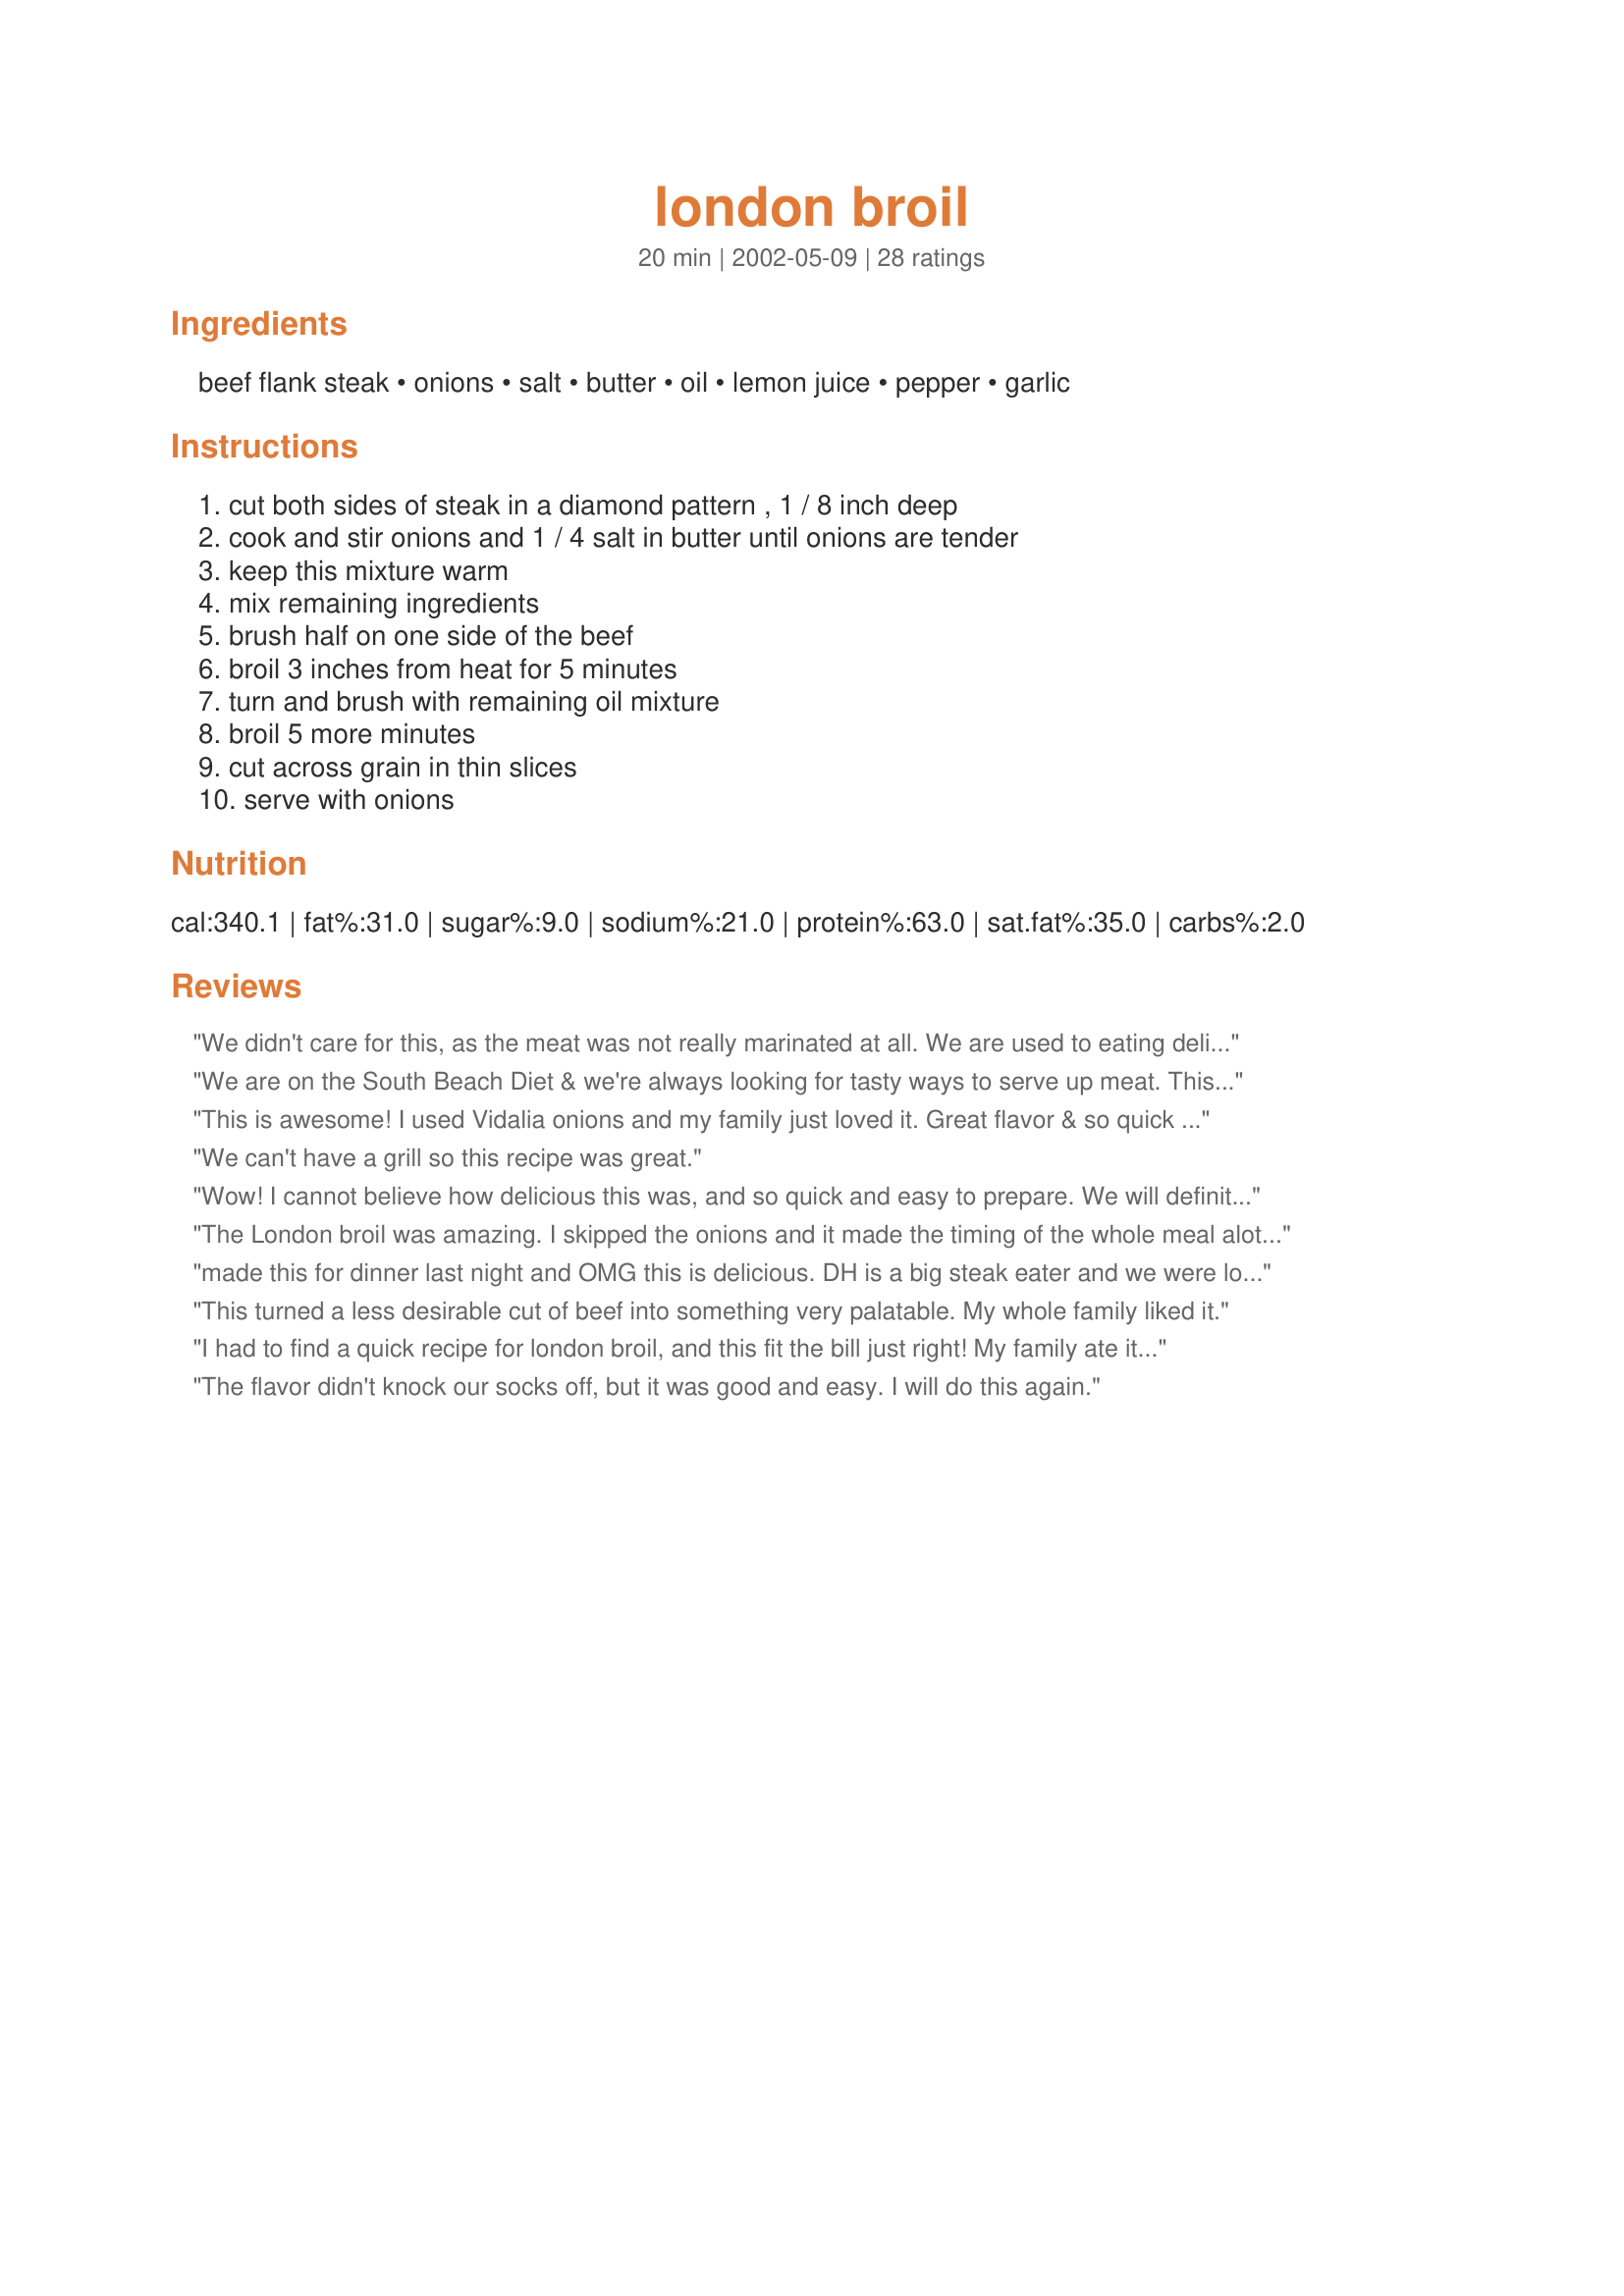
london broil
Preparation time: 20 minutes

Ingredients:
beef flank steak, onions, salt, butter, oil, lemon juice, pepper, garlic

Steps:
cut both sides of steak in a diamond pattern , 1 / 8 inch deep, cook and stir onions and 1 / 4 salt in butter until onions are tender, keep this mixture warm, mix remaining ingredients, brush half on one side of the beef, broil 3 inches from heat for 5 minutes, turn and brush with remaining oil mixture, broil 5 more minutes, cut across grain in thin slices, serve with onions

Reviews:
We didn't care for this, as the meat was not really marinated at all. We are used to eating delicious, well marinated meats. The addition of onions on top was okay, but overall it left us dissatisfied.
We are on the South Beach Diet & we're always looking for tasty ways to serve up meat. This was great! Besides being so yummy, it was quick and easy. How cool is that?
This is awesome! I used Vidalia onions and my family just loved it. Great flavor & so quick and easy to prepare without having to marinate.
We can't have a grill so this recipe was great.
Wow! I cannot believe how delicious this was, and so quick and easy to prepare. We will definitely be having this many many times! My husband was very flattered that I made such a "fancy" thing for his birthday meal. Love the fact that it does not have a long marinating time like lots of other flank steak recipes. You rock, MizzNez!
The London broil was amazing. I skipped the onions and it made the timing of the whole meal alot easier.
Wonderful!!
made this for dinner last night and OMG this is delicious. DH is a big steak eater and we were looking for a different yet easy way to make it as the grill is not an option now (there's 2 ft. of snow in the backyard) This was quick easy, and awsome. Thanks!!
This turned a less desirable cut of beef into something very palatable. My whole family liked it.
I had to find a quick recipe for london broil, and this fit the bill just right! My family ate it right up,it came out so tender. My husband begged me to save some for his lunch the next day! Thanks for a yummy way to fix london broil!!!
The flavor didn't knock our socks off, but it was good and easy. I will do this again.
Hubby loved the sauteed onions on this steak. The recipe is simple and uses standard ingredients. We broiled our steak, but believe that the flavor would have been better on the grill. This is a good method for a lower cut of beef.
This was so simple and good!! It's definitely going to be put in my "regular" rotation of meals! It's great to find something new that doesn't require a lot of special ingredients. My whole family loved it. Thanks!
Oh my gosh, this was so easy and great tasting! My picky, non-meat eater DH even liked it and said it should be part of the regular rotation! I followed it pretty much to a t except I cut the fat off first and I used "Smart Balance" instead of butter. Absolutely deeelish!
This was good but would like a bit more marinate flavor... next time I will try a balsamic vinegar ILO Lemon Juice. It was very good as written though. Very quick and easy and was able to make it with on hand ingredients. LOVED the onions! Thanks for posting!
I figured w/ 18 reviews this was worth trying. I was not disappointed. I needed a fast, last minute recipe and this delivered more than I could hope for. The recipe is super easy and the taste is great. I sauteed some muchrooms and served this w/ a nice brown gravy. It was a crowd pleaser. I liked it so much I then tried the same recipe on my tri-tip a few nights later! Even better!! The tri-tip came out so tender and moist. I'll continue to use this recipe but prefer the tri-tip to the less tender London Broil. Thanks so much for sharing!!
My DH was in charge of this meal. He actually cooked a 1 3/4lb cut of meat, and did not double up the recipe, as he should have. (I didn't have the heart to tell him though!) But it still was delicious. We love London Broil and I am always looking for new marinades for this meat. And this one is a keeper! Thanks again, Inez!
Easy to make, my london broil was a little thick and didn't turn out as tender as I would of liked but it did have lots of flavor. Served it with Chessy Orzo (61962). It made for a nice Sunday dinner. Thanks MizzNezz:)
We all loved this recipe! I used a very cheap cut ("shoulder steak for london broil" according to the package) and it came out DELICIOUS and so tender! Broiling 5 minutes per side was too rare for me, so I left it in the oven on 400 degrees (my oven has temp select for broiling) for another 10 minutes and it was perfect. I skipped the onions since I was making rice with onion and broccoli.
Excellant! My steak must of been a little on the thick side, it took about 8 to 10 minutes on each side. The 5 minutes on each side left my meat "very" rare. Thank you for the new recipe. Rachel C.
I would really like to make this... But I don't understand the "cut in a diamond" instructions. Could anyone help me and then I'll re-review :) I could not contact the chef.
We loved this recipe! Even my picky 4 year old liked it. We used a 2lb. steak and did it on the grill for about 16 minutes. We doubled every ingredient but the onions - 2 onions made plenty. Thank you, MizzNezz.
Printed this recipe 4 days ago, and have used it three of the 4. This really adds a great flavor to any cut you are using. Did this originally on a london broil, and my boyfriend loved it so much he bought himself a ribeye and a filet at the grocery and asked me to prepare them the same way for him the next two nights in a row! Simple, but really delicious, and the broiler really does a great job keeping the meat juicy and cooks in SUCH a short time! I did need more than 5 minutes a side, but that is subjective for how rare you like your meat. Thank you so much for this delicious, easy recipe! I'm sure I'll be using it quite a bit in the future :).
I thought this was awesome! So easy and quick, I dont have a lot of time to cook, eat, and clean up, and I had plenty of time to spare for relaxation afterward. I didnt think it would be that good with such few ingredients, boy, was I wrong. My steak was rare after 5 minutes on each side, but I like it that way and it came out warm all the way threw, so I was absolutly pleased. Thank you so much for the wonderful recipe!
I've used this recipe for flank steak since I was living at home with my parents. It is my husband's favorite dinner, so I am making it today for Valentine's Day dinner. The onions sauteed in butter make a delicious accompaniment. When I have leftovers, I make some tasty steak sandwiches. Great recipe.
The steak was great. i made this the other night. My kids dislike onions very much and believe it or not they even ate those. i was very impressed. Great recipe and we will be doing it again.
The cut of meat apparently was pretty tough, but DH said it was very good. I carmelized the onions, and he said it was good. I'm glad I didn't have to marinate it, since I always forget. Thanks for a meat-eater pleaser!
YUM! This was so tasty! I was surprised that it came out so tender without even marinating it! We ate it with mashed potatoes and fresh green beans. MMMMMMM!
I made this the other night for dinner and it was fantastic!! I did use a dry rub to help tenderize it first and then followed your directions as stated. The combination of these two recipes was so wonderful, the steak was so tender and flavorful and simple to make!!! Thanks for a great recipe MizzNezz!!!
